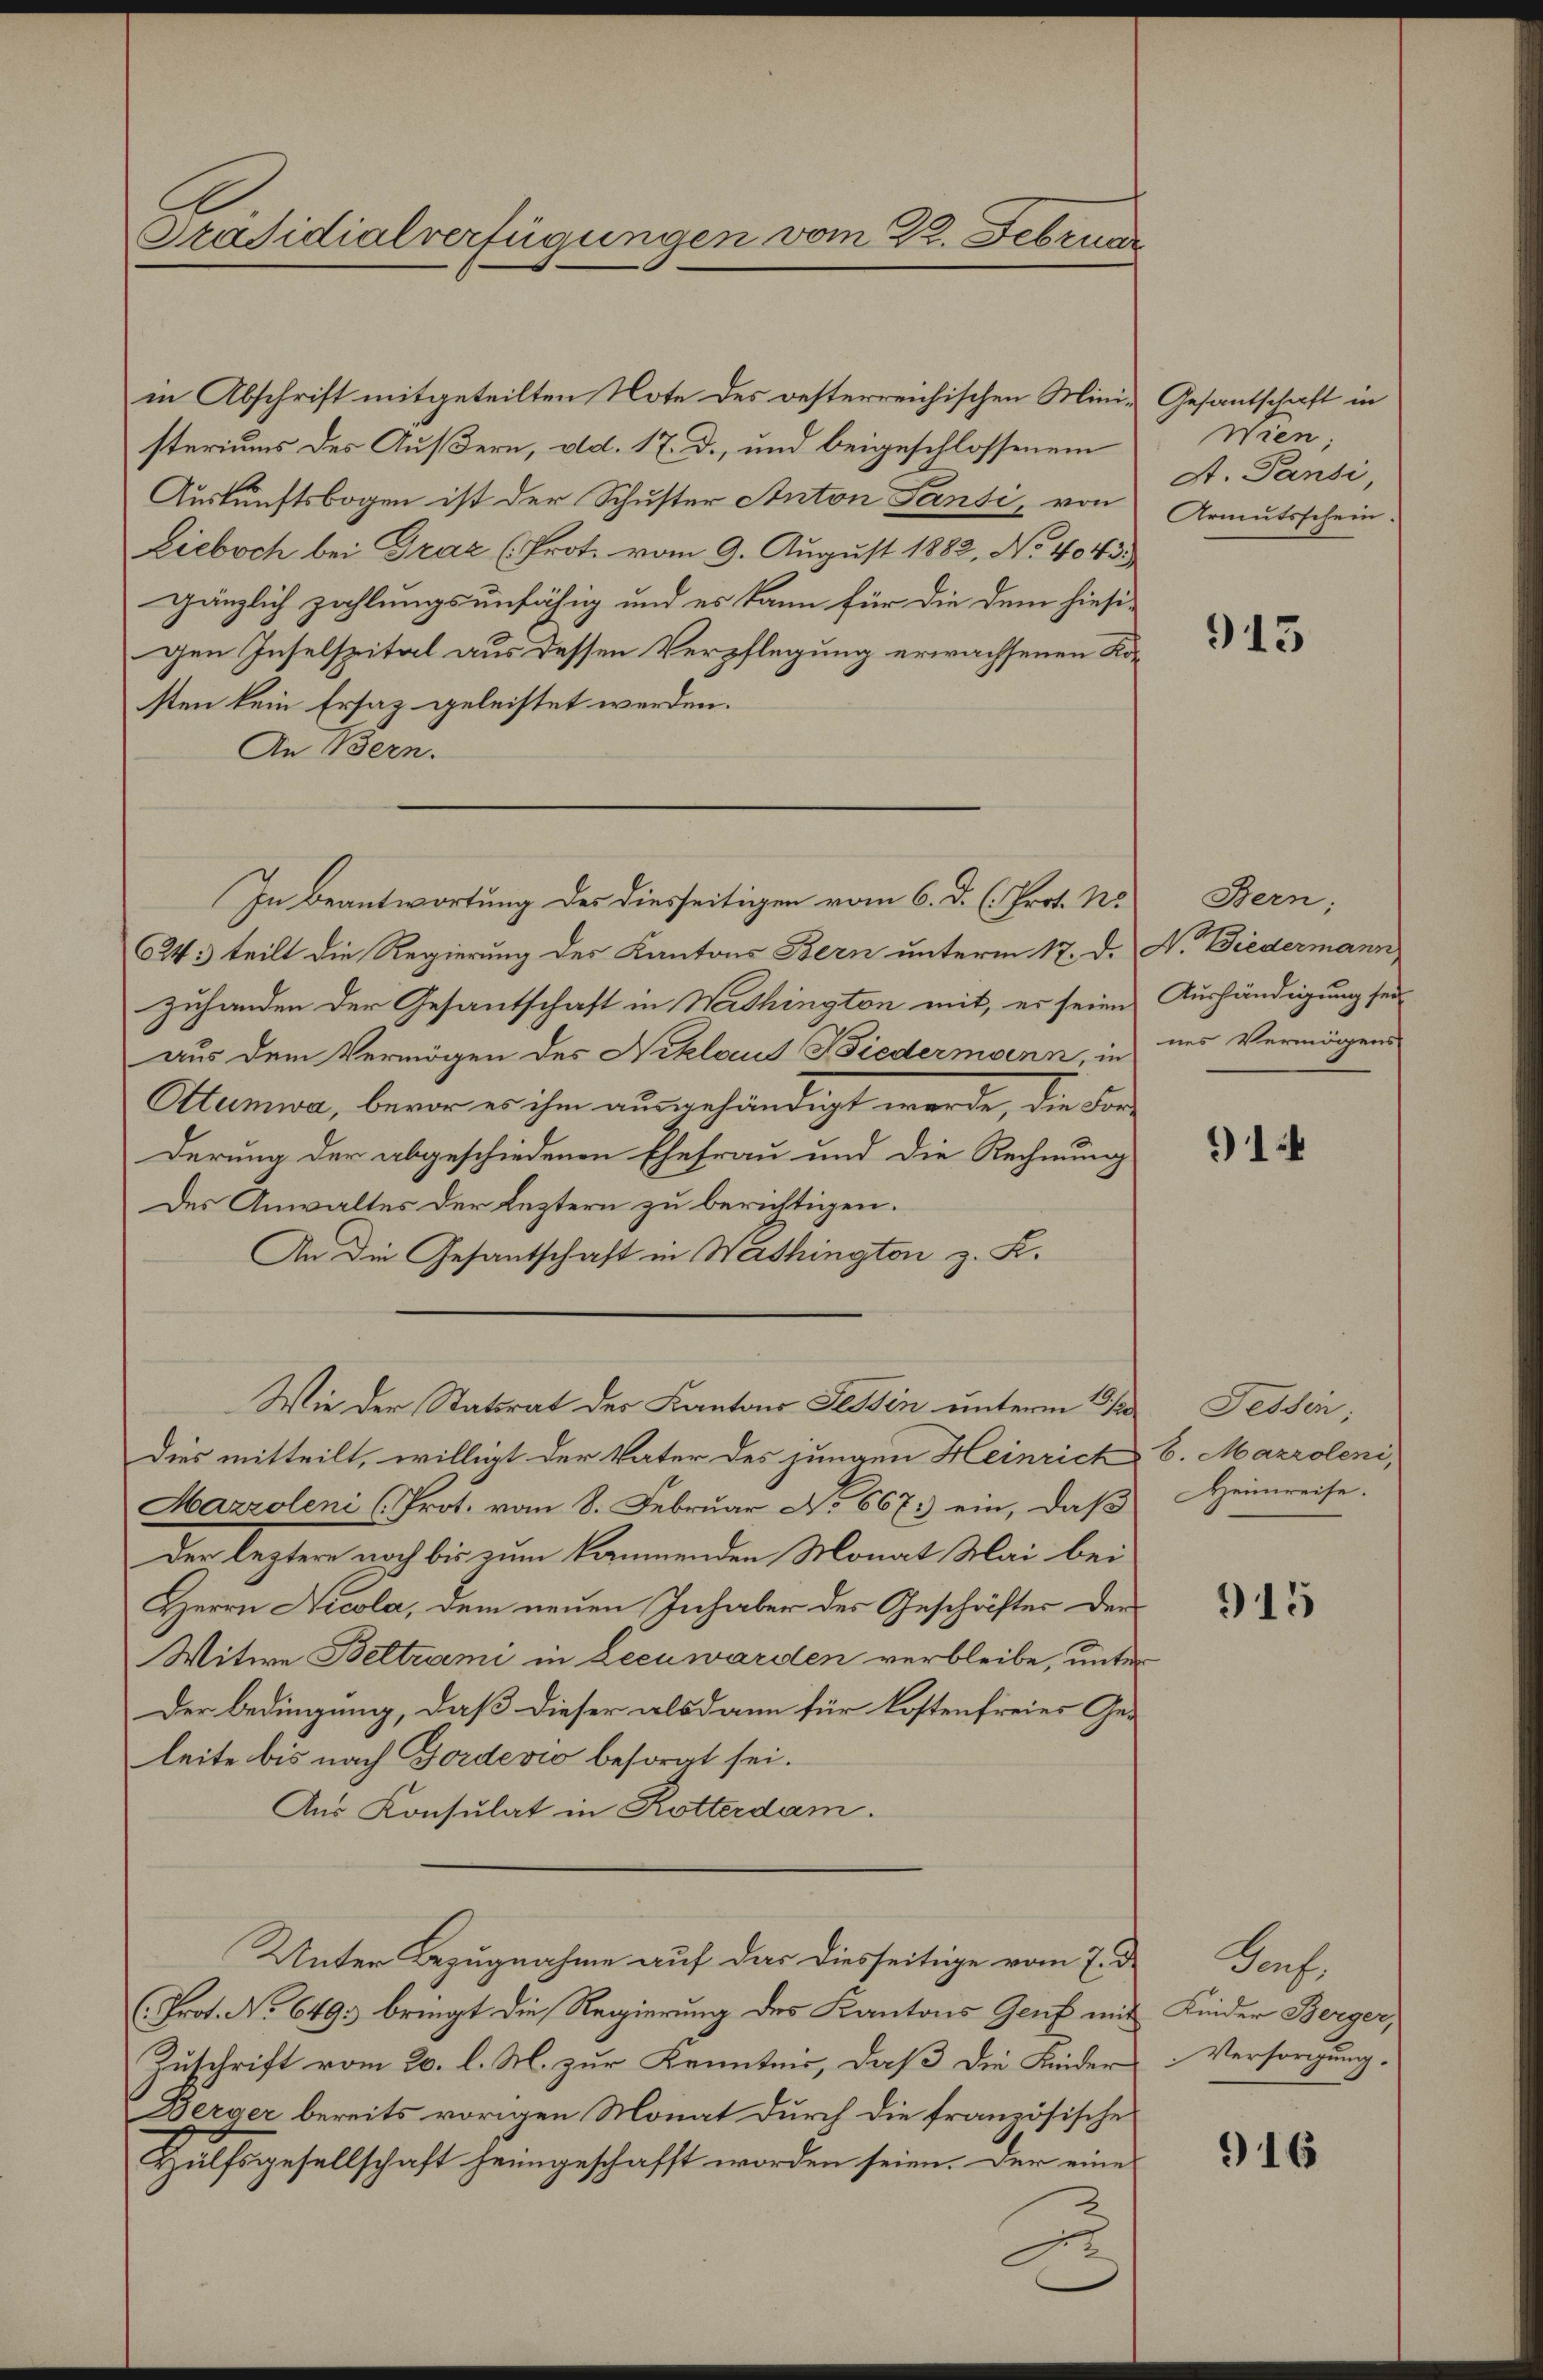
Präsidialverfügungen vom 22. Februar

in Abschrift mitgeteilten Note des oesterreichischen Mini- Gesantschaft in
steriums des Äußern, ad. 17. d., und beigeschlossenem
Auskunftsbogen ist der Schuster Anton Pansi, von
Lieboch bei Graz (Prot. vom 9. August 1882, No 4043.
gänzlich zahlungsunfähig und es kann für die dem hiesigen Inselspital aus dessen Verpflegung erwachsenen Kosten kein Ersatz geleistet werden.
An Bern.
C24: teilt die Regierung des Kantons Bern unterm 17. d. N. Biedermann
zuhanden der Gesantschaft in Mithington mit, es seien Aushändigung sei
aus dem Vermögen des Niklaus Diedermaenn, in ins Vermögens
Ottumwa, bevor es ihm ausgehändigt werde, die For-
derung der abgeschiedenen Ehefrau und die Rechnung
Des Anwaltes der Leztern zu berichtigen.
An die Gesantschaft in Werthington z. K.
Wie der Statsrat der Kantons Tessin unterm 1. sie
Dies mitteilt, willigt der Vater des jungen Heinrich
Marroleni (Prot. vom 8. Februar No. 6671) ein, daß
Der leztere noch bis zum kämmenden Monat Mai bei
Herrn Nicola, dem neuen Inhaber des Geschrifter der
Witwe Beltrami in Leenwarden verbleibe, unter
Der Bedingung, daß dieser alsdann für Kostenfreies Ge-
leite bis nach Fordevio besorgt sei.
Aus Konsulat in Rotterdam.
Unter Bezugnahme auf das diesseitige vom 7. d.
(Prot. No 649. bringt die Regierung des Kantons Genf mit
Zuschrift vom 20. l. M. zur Kenntnis, daß die Kinder
Berger bereits vorigen Monat durch die französische
Hülfsgesellschaft heimgeschafft worden seien. Der eine
.

In Beantwortung des diesseitigen vom 6. d. h. Prot. No

Wien,
A. Pansi,
Armutsschein.

913

Bern;

91

Fessen;
6. Mazroleni,
Heimreise.

915

Porf.
Kinder Berger,
Versorgung.

916